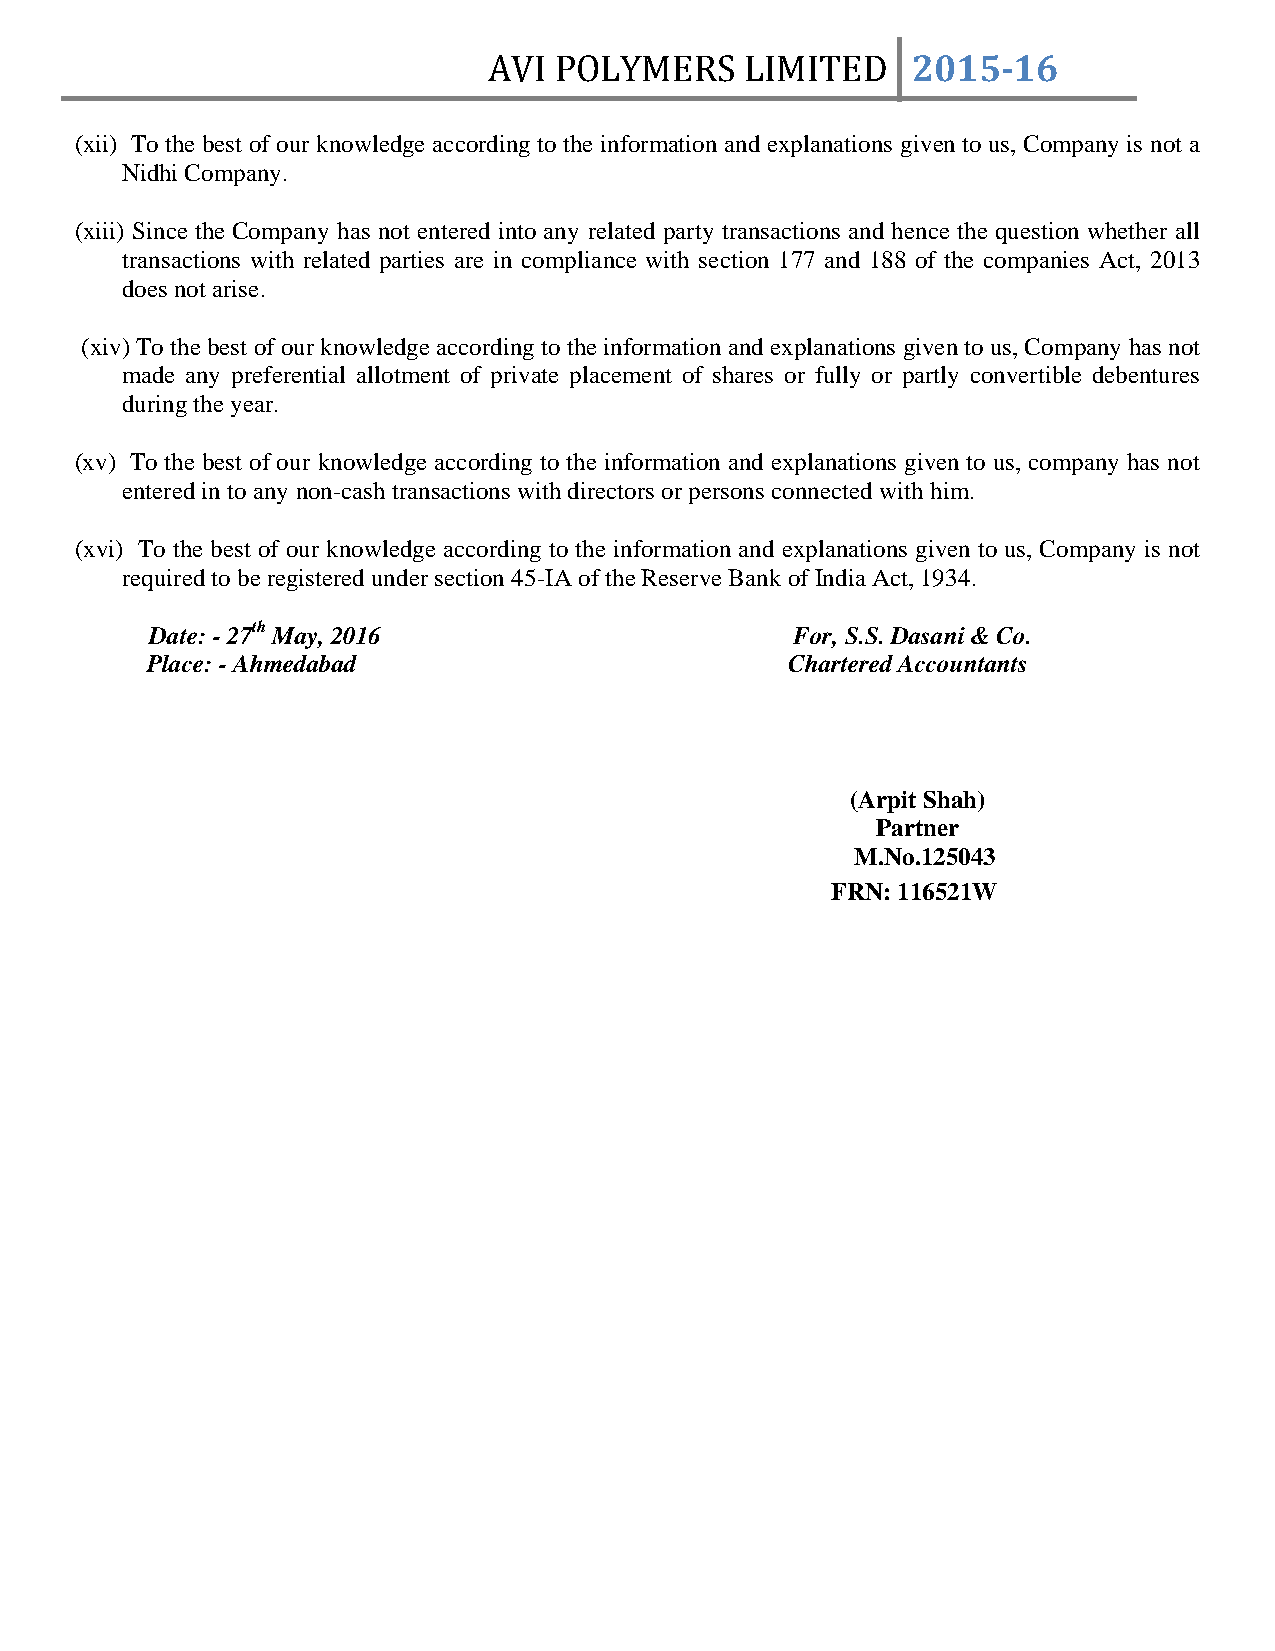
AVI  POLYMERS    LIMITED    2015­16
 (xii) To the best of our knowledge according to the information and explanations given to us, Company is not a
 Nidhi Company.
 (xiii) Since the Company has not entered into any related party transactions and hence the question whether all
 transactions with related parties are in compliance with section 177 and 188 of the companies Act, 2013
 does not arise.
 (xiv) To the best of our knowledge according to the information and explanations given to us, Company has not
 made any preferential allotment of private placement of shares or fully or partly convertible debentures
 during the year.
 (xv) To the best of our knowledge according to the information and explanations given to us, company has not
 entered in to any non-cash transactions with directors or persons connected with him.
 (xvi) To the best of our knowledge according to the information and explanations given to us, Company is not
 required to be registered under section 45-IA of the Reserve Bank of India Act, 1934.
 Date: - 27th May, 2016                     For, S.S. Dasani & Co.
 Place: - Ahmedabad                        Chartered Accountants
 (Arpit Shah)
 Partner
 M.No.125043
 FRN: 116521W